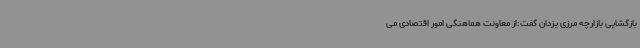
بازگشایی بازارچه مرزی یزدان گفت:از معاونت هماهنگی امور اقتصادی می